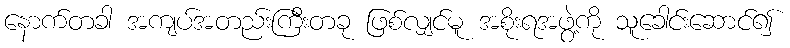
နောက်တခါ အကျပ်အတည်းကြီးတခု ဖြစ်လျှင်မူ အစိုးရအဖွဲ့ကို သူခေါင်းဆောင်၍